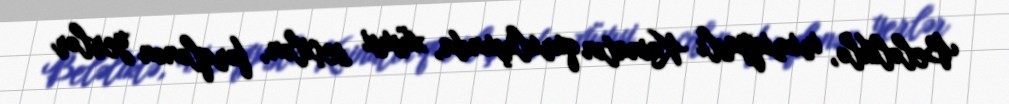
Beləliklə, irimiqyaslı Kainatın quruluşunda, xüsusi seçilən, fərqlənən yerlər